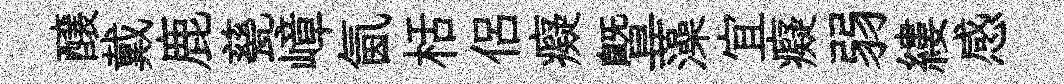
醸戴鹿甆嶂氤栝侶癡暨藻宜癡弱縷感